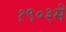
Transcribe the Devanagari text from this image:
१९०३में